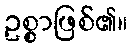
ဥစ္စာဖြစ်၏။